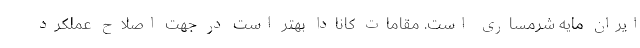
ایران مایه شرمساری است. مقامات کانادا بهتر است در جهت اصلاح عملکرد